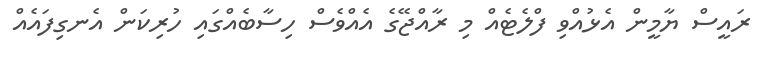
ރައީސް ޔާމީން އެޅުއްވި ފްލެޓެއް މި ރާއްޖޭގެ އެއްވެސް ހިސާބެއްގައި ހުރިކަން އެނގިފައެއް